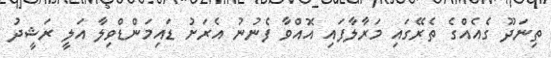
ތިނަދޫ ގެއެއްގެ ތެރޭގައި މަރާލާފައި އޮއްވާ ފެނުނު އެރަށު ޑައިމަންޑްވިލާ އަލީ ރަޝީދު